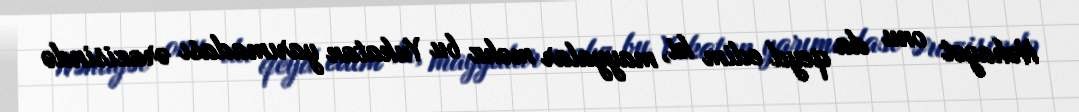
Nəhayət onu da qeyd edim ki, mayyalar məhz bu Yukatan yarımadası ərazisində